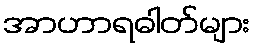
အာဟာရဓါတ်များ